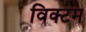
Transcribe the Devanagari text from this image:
विक्टम